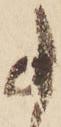
事